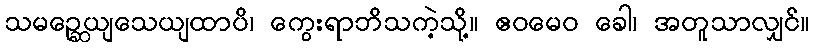
သမဉ္ဆေယျသေယျထာပိ၊ ကွေးရာဘိသကဲ့သို့။ ဧဝမေဝ ခေါ၊ အတူသာလျှင်။